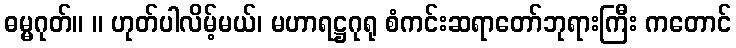
ဓမ္မဂုတ်။ ။ ဟုတ်ပါလိမ့်မယ်၊ မဟာရဋ္ဌဂုရု စံကင်းဆရာတော်ဘုရားကြီး ကတောင်